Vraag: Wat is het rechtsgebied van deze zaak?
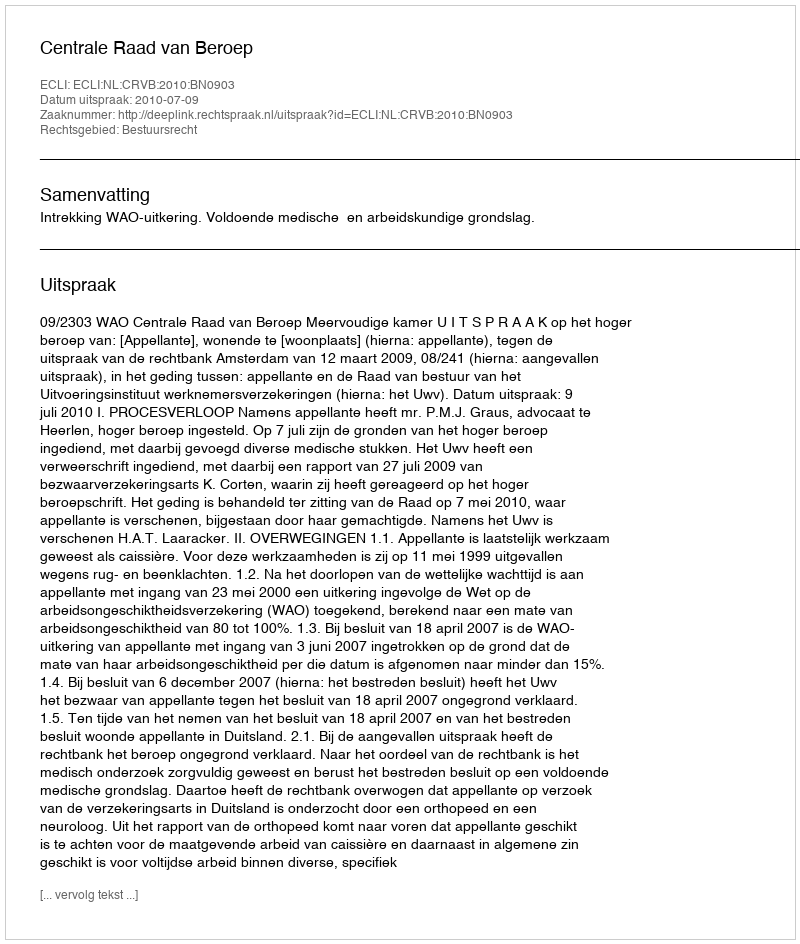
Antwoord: Bestuursrecht